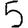
Digit: 5